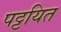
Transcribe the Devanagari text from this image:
पट्टयित